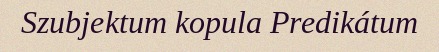
Szubjektum kopula Predikátum